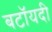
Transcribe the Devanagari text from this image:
बटॉयदी